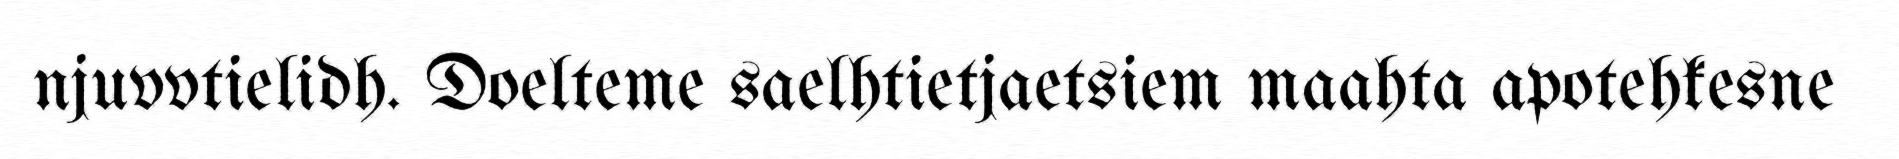
njuvvtielidh. Doelteme saelhtietjaetsiem maahta apotehkesne